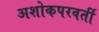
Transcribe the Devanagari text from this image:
अशोकपरवर्ती